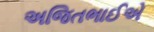
અજિતભાઈએ